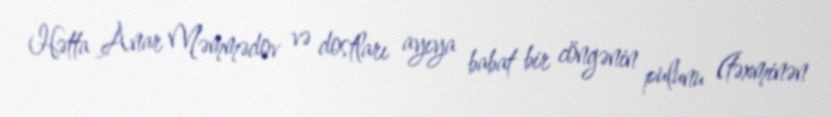
Hətta Anar Məmmədov və dostları ayıya babat bir cöngənin pulunu (təxminən